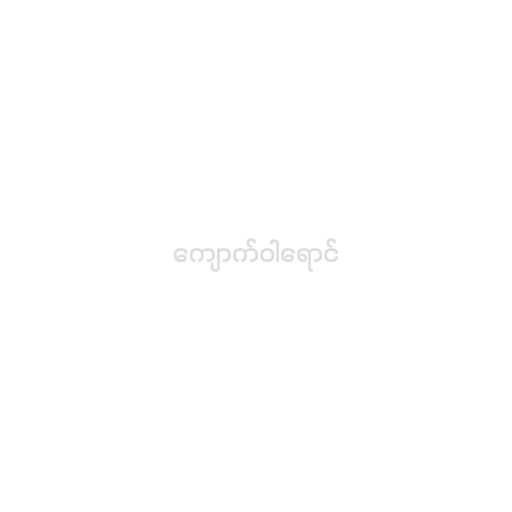
ကျောက်ဝါရောင်